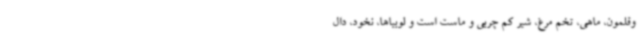
وقلمون، ماهی، تخم مرغ، شیر کم چربی و ماست است و لوبیاها، نخود، دال